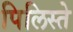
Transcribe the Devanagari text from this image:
पिलिस्ते